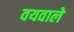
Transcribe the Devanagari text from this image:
वयवाले